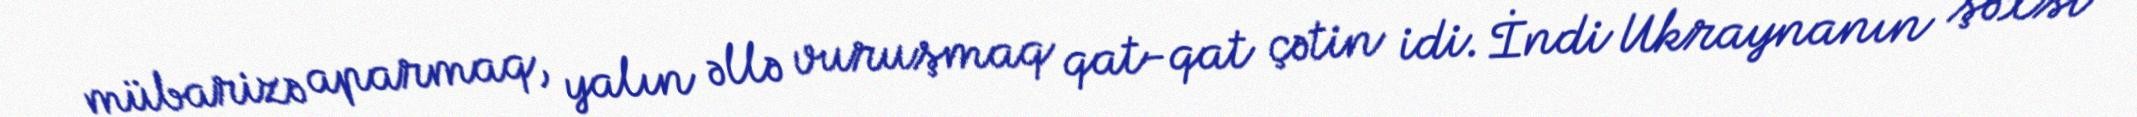
mübarizə aparmaq, yalın əllə vuruşmaq qat-qat çətin idi. İndi Ukraynanın şəxsi